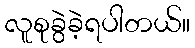
လူစုခွဲခဲ့ရပါတယ်။